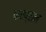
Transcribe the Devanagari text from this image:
करप्सन